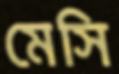
মেসি